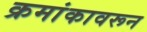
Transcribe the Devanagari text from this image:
क्रमांकावरून